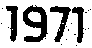
1971